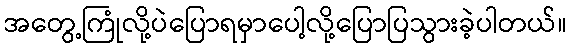
အတွေ့ကြုံလို့ပဲပြောရမှာပေါ့လို့ပြောပြသွားခဲ့ပါတယ်။